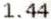
1.44